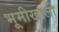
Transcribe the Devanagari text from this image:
भूमीखाली